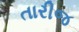
તારીજ